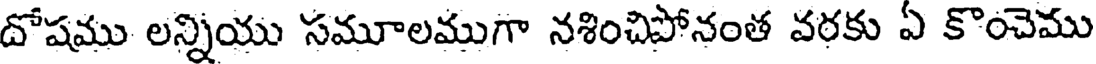
దోషము లన్నియు సమూలముగా నశించిపోనంత వరకు ఏ కొంచెము